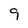
Character: 9